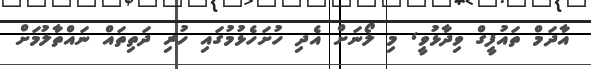
އާދަމް ތައުފީގް ވިދާޅުވީ